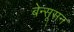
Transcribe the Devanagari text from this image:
बेन्सूसन